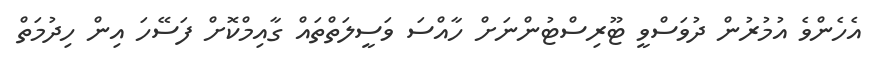
އެހެންވެ އުމުރުން ދުވަސްވީ ޓޫރިސްޓުންނަށް ހާއްސަ ވަސީލަތްތައް ގާއިމްކޮށް ފަސޭހަ އިން ހިދުމަތް